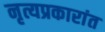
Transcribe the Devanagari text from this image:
नृत्यप्रकारांत